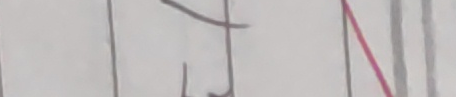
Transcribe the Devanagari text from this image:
१